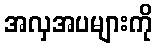
အလှအပများကို